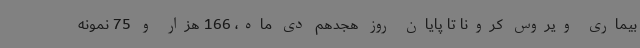
بیماری ویروس کرونا تا پایان روز هجدهم دی ماه، 166 هزار و 75 نمونه